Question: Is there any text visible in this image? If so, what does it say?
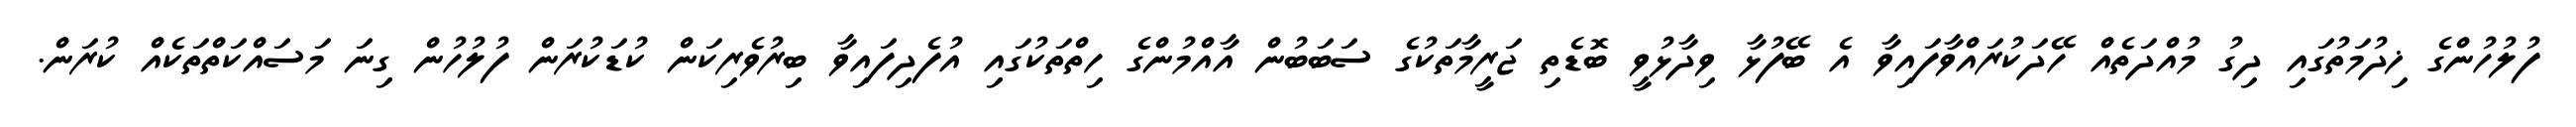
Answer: ފުލުހުންގެ ޚިދުމަތުގައި ދިގު މުއްދަތެއް ހޭދަކުރައްވާފައިވާ އެ ބޭފުޅާ ވިދާޅުވީ ބޮޑެތި ޖަރީމާތަކުގެ ސަބަބުން އާއްމުންގެ ހިތްތަކުގައި އުފެދިފައިވާ ބިރުވެރިކަން ކުޑަކުރަން ފުލުހުން ގިނަ މަސައްކަތްތަކެއް ކުރަން.